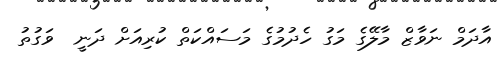
އާދަމް ނަވާޒް މާލޭގެ މަގު ހެދުމުގެ މަސައްކަތް ކުރިއަށް ދަނީ  ވަގުތު